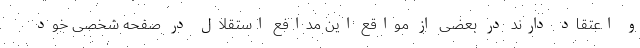
و اعتقاد دارند در بعضی از مواقع این مدافع استقلال در صفحه شخصی خود